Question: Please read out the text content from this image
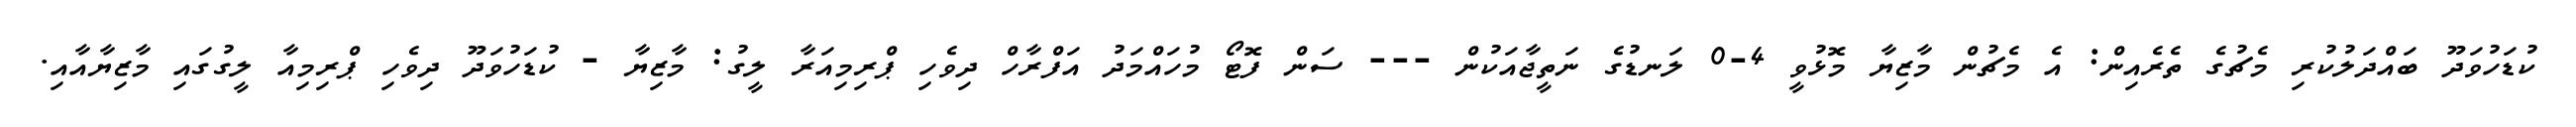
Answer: ކުޑަހުވަދޫ ބައްދަލުކުރި މެޗުގެ ތެރެއިން: އެ މެޗުން މާޒިޔާ މޮޅުވީ 4-0 ލަނޑުގެ ނަތީޖާއަކުން --- ސަން ފޮޓޯ މުހައްމަދު އަފްރާހް ދިވެހި ޕްރިމިއަރާ ލީގު: މާޒިޔާ - ކުޑަހުވަދޫ ދިވެހި ޕްރިމިއާ ލީގުގައި މާޒިޔާއާއި.